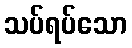
သပ်ရပ်သော